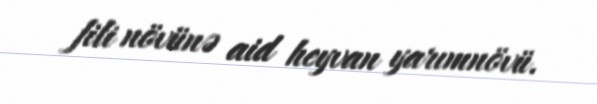
fili növünə aid heyvan yarımnövü.